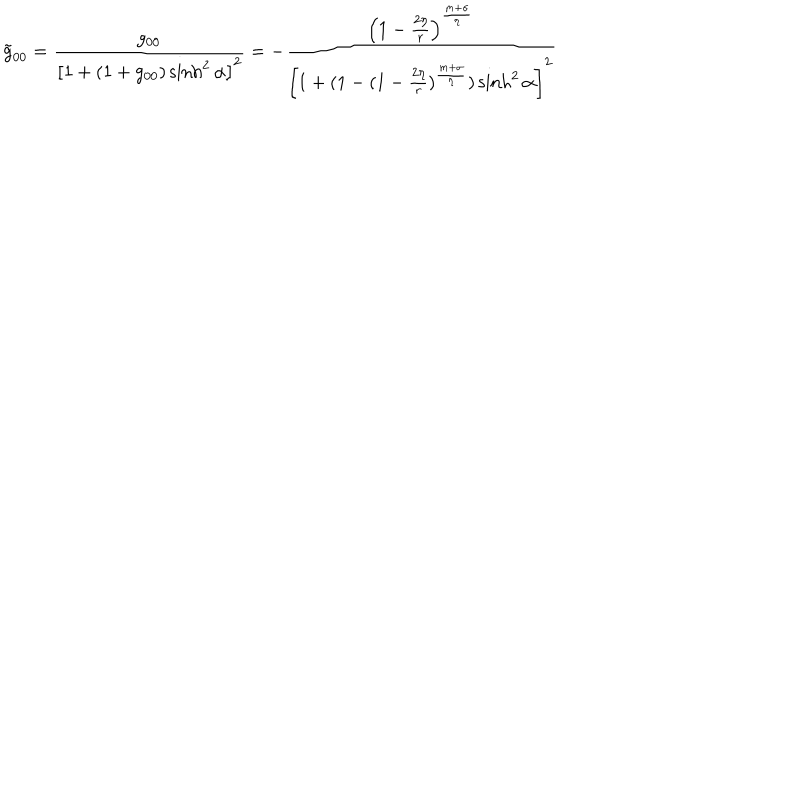
\tilde { g } _ { 0 0 } = \frac { g _ { 0 0 } } { \left[ 1 + ( 1 + g _ { 0 0 } ) \sinh ^ { 2 } \alpha \right] ^ { 2 } } = - \frac { \left( 1 - \frac { 2 \eta } { r } \right) ^ { \frac { m + \sigma } { \eta } } } { \left[ 1 + ( 1 - ( 1 - \frac { 2 \eta } { r } ) ^ { \frac { m + \sigma } { \eta } } ) \sinh ^ { 2 } \alpha \right] ^ { 2 } }